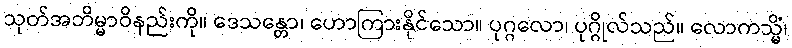
သုတ်အဘိမ္မာဝိနည်းကို။ ဒေသန္တော၊ ဟောကြားနိုင်သော။ ပုဂ္ဂလော၊ ပုဂ္ဂိုလ်သည်။ လောကသ္မိံ၊